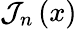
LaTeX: {\mathcal{J}}_{n}\left(x\right)